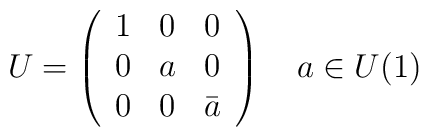
U = \left( \begin{array}{ccc}  1 & 0 & 0 \\ 0 & a & 0 \\ 0 & 0 & \bar{a}   \end{array} \right) \quad a \in U(1)